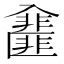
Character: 𠓿